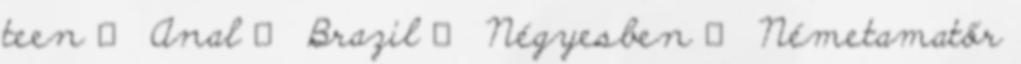
teen ▪ Anal ▪ Brazil ▪ Négyesben ▪ Németamatőr